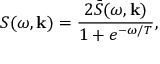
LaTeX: S ( \omega , { \bf k } ) = \frac { 2 \bar { S } ( \omega , { \bf k } ) } { 1 + e ^ { - \omega / T } } ,